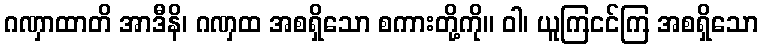
ဂဏှာထာတိ အာဒီနိ၊ ဂဏှထ အစရှိသော စကားတို့ကို။ ဝါ၊ ယူကြငင်ကြ အစရှိသော